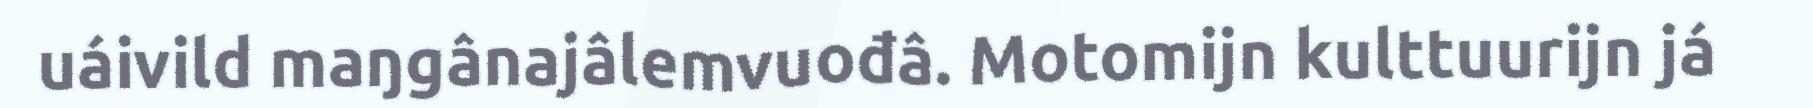
uáivild maŋgânajâlemvuođâ. Motomijn kulttuurijn já